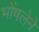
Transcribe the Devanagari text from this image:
भोंषलेने